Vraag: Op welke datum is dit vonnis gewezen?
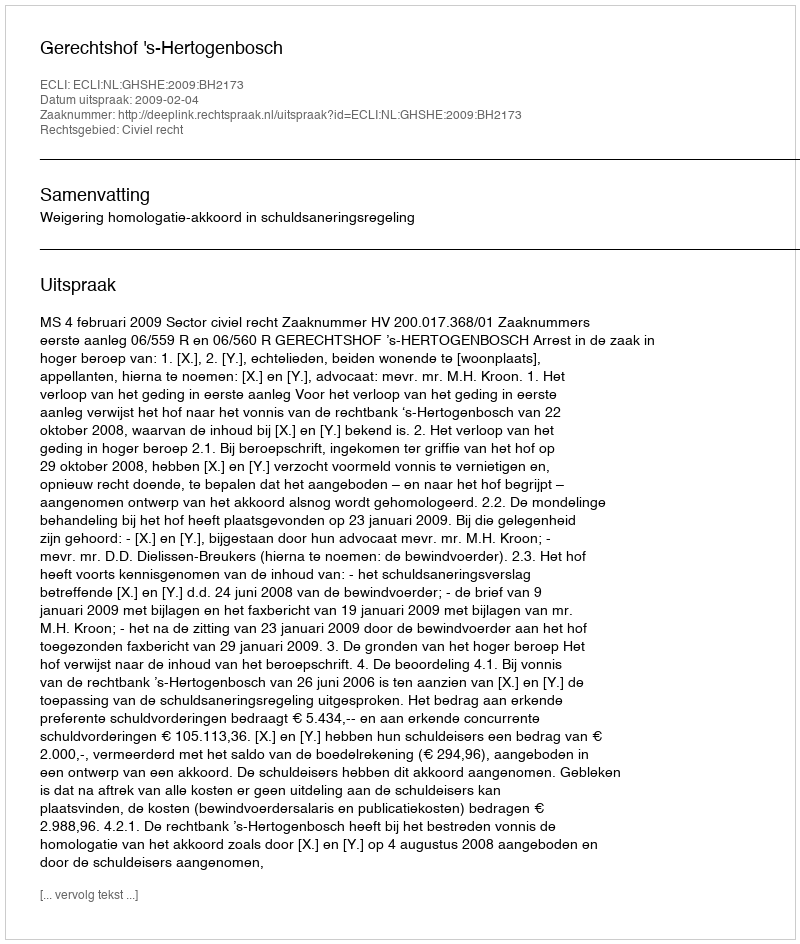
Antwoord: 2009-02-04